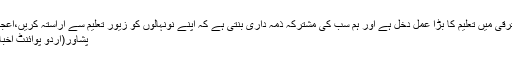
قوموں کی ترقی میں تعلیم کا بڑا عمل دخل ہے اور ہم سب کی مشترکہ ذمہ داری بنتی ہے کہ اپنے نونہالوں کو زیور تعلیم سے آراستہ کریں،اعجاز علی خان
پشاور(اُردو پوائنٹ اخبارتازہ ترین۔